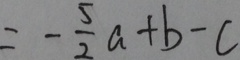
= - \frac { 5 } { 2 } a + b - c